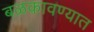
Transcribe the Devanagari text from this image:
बळकावण्यात